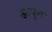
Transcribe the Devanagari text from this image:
आपुन